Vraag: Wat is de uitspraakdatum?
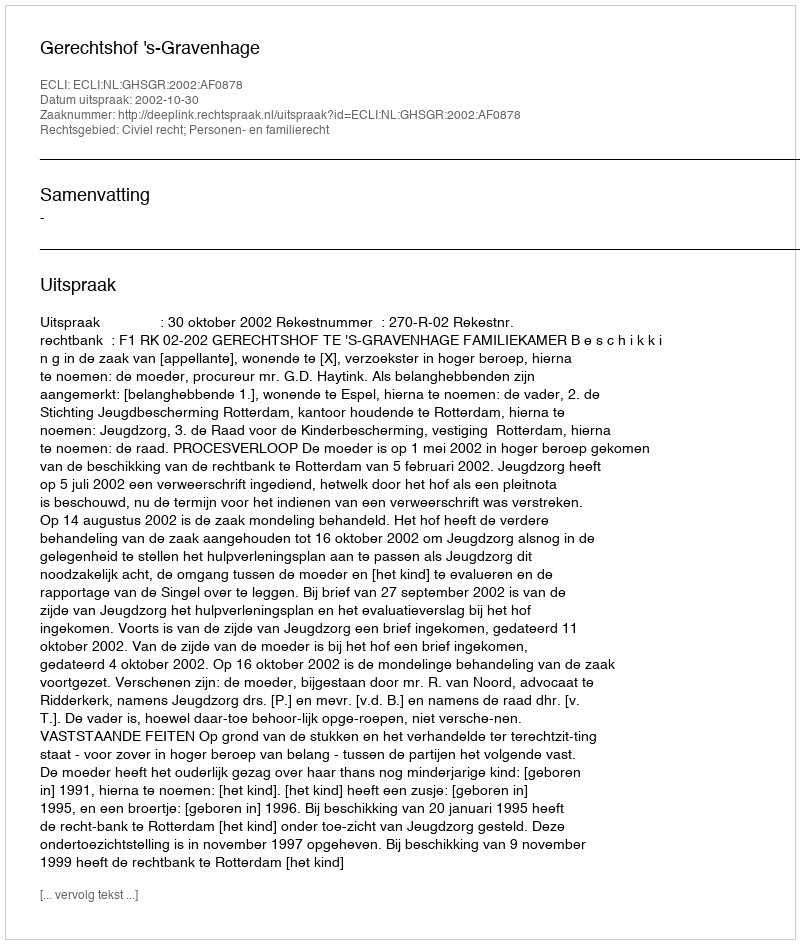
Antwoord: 2002-10-30